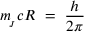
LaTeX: m _ { \! _ { J } } c R \ = \ \frac { h } { 2 \pi }